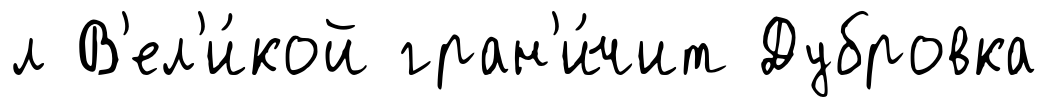
л В'ел'и́кой гран'и́чит Дубровка